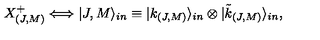
X _ { ( J , M ) } ^ { + } \Longleftrightarrow | J , M \rangle _ { i n } \equiv | k _ { ( J , M ) } \rangle _ { i n } \otimes | \tilde { k } _ { ( J , M ) } \rangle _ { i n } ,